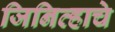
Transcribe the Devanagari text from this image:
जिनिव्हाचे